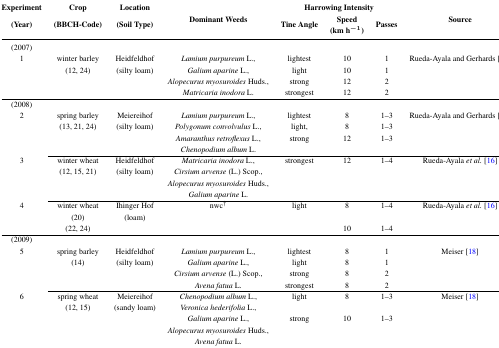
<table><thead><tr><td rowspan="2"><b>Experiment (Year)</b></td><td rowspan="2"><b>Crop (BBCH-Code)</b></td><td rowspan="2"><b>Location (Soil Type)</b></td><td rowspan="2"><b>Dominant Weeds</b></td><td colspan="3"><b>Harrowing Intensity</b></td><td rowspan="2"><b>Source</b></td></tr><tr><td><b>Tine Angle</b></td><td><b>Speed (km h<sup>−1</sup>)</b></td><td><b>Passes</b></td></tr></thead><tbody><tr><td>(2007)</td><td></td><td></td><td></td><td></td><td></td><td></td><td></td></tr><tr><td rowspan="4">1</td><td>winter barley</td><td>Heidfeldhof</td><td><i>Lamium purpureum</i> L.,</td><td>lightest</td><td>10</td><td>1</td><td rowspan="4">Rueda-Ayala and Gerhards [15]</td></tr><tr><td rowspan="3">(12, 24)</td><td rowspan="3">(silty loam)</td><td><i>Galium aparine</i> L.,</td><td>light</td><td>10</td><td>1</td></tr><tr><td><i>Alopecurus myosuroides</i> Huds.,</td><td>strong</td><td>12</td><td>2</td></tr><tr><td><i>Matricaria inodora</i> L.</td><td>strongest</td><td>12</td><td>2</td></tr><tr><td>(2008)</td><td></td><td></td><td></td><td></td><td></td><td></td><td></td></tr><tr><td rowspan="4">2</td><td>spring barley</td><td>Meiereihof</td><td><i>Lamium purpureum</i> L.,</td><td>lightest</td><td>8</td><td>1–3</td><td rowspan="4">Rueda-Ayala and Gerhards [15]</td></tr><tr><td rowspan="3">(13, 21, 24)</td><td rowspan="3">(silty loam)</td><td><i>Polygonum convolvulus</i> L.,</td><td>light,</td><td>8</td><td>1–3</td></tr><tr><td><i>Amaranthus retroflexus</i> L.,</td><td rowspan="2">strong</td><td rowspan="2">12</td><td rowspan="2">1–3</td></tr><tr><td><i>Chenopodium album</i> L.</td></tr><tr><td rowspan="4">3</td><td>winter wheat</td><td>Heidfeldhof</td><td><i>Matricaria inodora</i> L.,</td><td rowspan="4">strongest</td><td rowspan="4">12</td><td rowspan="4">1–4</td><td rowspan="4">Rueda-Ayala <i>et al.</i> [16]</td></tr><tr><td rowspan="3">(12, 15, 21)</td><td rowspan="3">(silty loam)</td><td><i>Cirsium arvense</i> (L.) Scop.,</td></tr><tr><td><i>Alopecurus myosuroides</i> Huds.,</td></tr><tr><td><i>Galium aparine</i> L.</td></tr><tr><td rowspan="3">4</td><td>winter wheat</td><td>Ihinger Hof</td><td rowspan="3">nwc†</td><td rowspan="3">light</td><td rowspan="2">8</td><td rowspan="2">1–4</td><td rowspan="3">Rueda-Ayala <i>et al.</i> [16]</td></tr><tr><td>(20)</td><td rowspan="2">(loam)</td></tr><tr><td>(22, 24)</td><td>10</td><td>1–4</td></tr><tr><td>(2009)</td><td></td><td></td><td></td><td></td><td></td><td></td><td></td></tr><tr><td rowspan="4">5</td><td>spring barley</td><td>Heidfeldhof</td><td><i>Lamium purpureum</i> L.,</td><td>lightest</td><td>8</td><td>1</td><td rowspan="4">Meiser [18]</td></tr><tr><td rowspan="3">(14)</td><td rowspan="3">(silty loam)</td><td><i>Galium aparine</i> L.,</td><td>light</td><td>8</td><td>1</td></tr><tr><td><i>Cirsium arvense</i> (L.) Scop.,</td><td>strong</td><td>8</td><td>2</td></tr><tr><td><i>Avena fatua</i> L.</td><td>strongest</td><td>8</td><td>2</td></tr><tr><td rowspan="5">6</td><td>spring wheat</td><td>Meiereihof</td><td><i>Chenopodium album</i> L.,</td><td rowspan="2">light</td><td rowspan="2">8</td><td rowspan="2">1–3</td><td rowspan="2">Meiser [18]</td></tr><tr><td rowspan="4">(12, 15)</td><td rowspan="4">(sandy loam)</td><td><i>Veronica hederifolia</i> L.,</td></tr><tr><td><i>Galium aparine</i> L.,</td><td rowspan="3">strong</td><td rowspan="3">10</td><td rowspan="3">1–3</td><td rowspan="3"></td></tr><tr><td><i>Alopecurus myosuroides</i> Huds.,</td></tr><tr><td><i>Avena fatua</i> L.</td></tr></tbody></table>